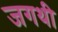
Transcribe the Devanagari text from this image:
जगथी